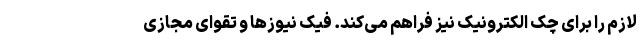
لازم را برای چک الکترونیک نیز فراهم می‌کند. فیک‌ نیوزها و تقوای مجازی